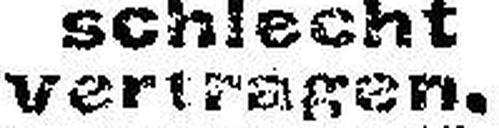
vertragen.